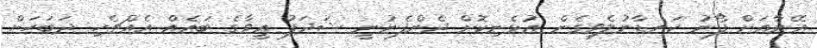
އޭނާއަށް ފޯނު ކަނޑާނުލެވިގެން އުޅެނިކޮށް ދެންފެނުނީ ޝަދަފު އީވާގެ ބައެއް އެއްޗެހި ދަބަހަށް